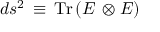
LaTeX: d s ^ { 2 } \, \equiv \, \mathrm { T r } \left( E \, \otimes E \right)